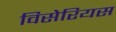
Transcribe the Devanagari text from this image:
विसेरियस